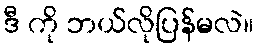
ဒီ ကို ဘယ်လိုပြန်မလဲ။